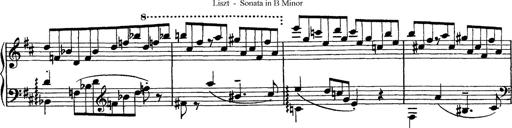
Title: Piano Sonata
Composer: Karl HÃ¤ssler
Key: C major